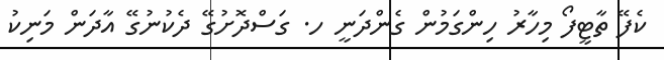
ކެފޭ ތާޓީފޯ މިހާރު ހިންގަމުން ގެންދަނީ ހ. ގަސްދޮށުގޭ ދެކުނުގޭ އާދަން މަނިކު